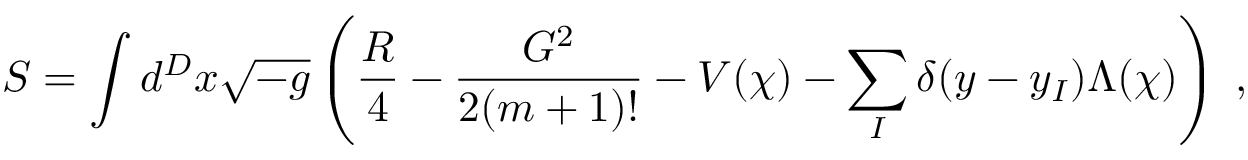
S = \int d ^ { D } x \sqrt { - g } \left( \frac { R } { 4 } - \frac { G ^ { 2 } } { 2 ( m + 1 ) ! } - V ( \chi ) - \sum _ { I } \delta ( y - y _ { I } ) \Lambda ( \chi ) \right) \; ,